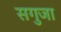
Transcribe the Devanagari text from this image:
सगुजा